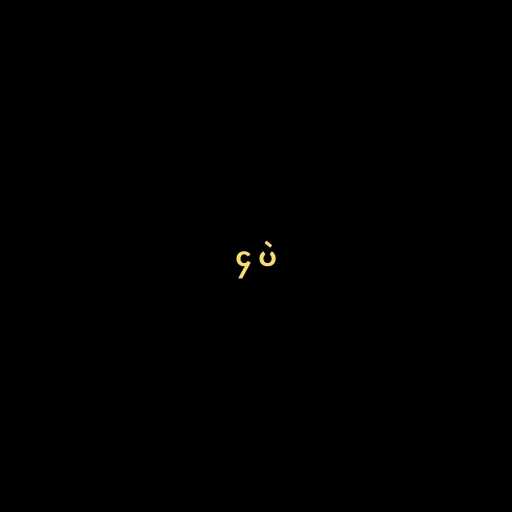
၄ ပဲ